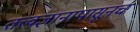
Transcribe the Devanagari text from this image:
तत्त्वज्ञानापासूनच